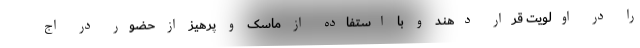
را در اولویت قرار دهند و با استفاده از ماسک و پرهیز از حضور در اج